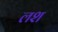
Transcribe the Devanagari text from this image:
लश